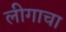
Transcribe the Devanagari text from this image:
लीगाचा